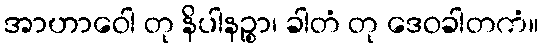
အာဟာဝေါ တု နိပါနဉ္စာ၊ ခါတံ တု ဒေဝခါတကံ။